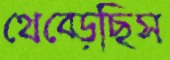
থেব্‌ড়েছিস